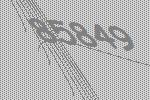
85849